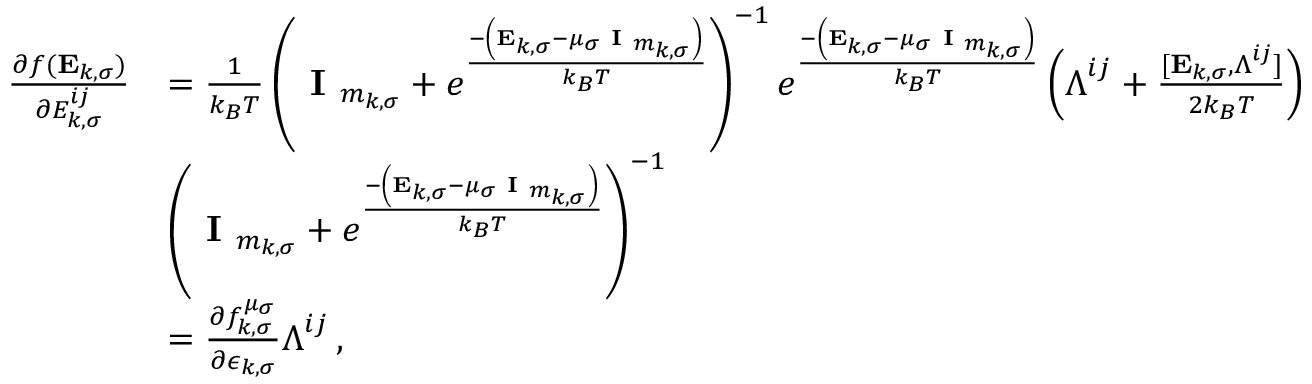
\begin{array} { r l } { \frac { \partial f ( \mathbf { E } _ { k , \sigma } ) } { \partial { E } _ { k , \sigma } ^ { i j } } } & { = \frac { 1 } { k _ { B } T } \left( \textbf { I } _ { m _ { k , \sigma } } + e ^ { \frac { - \left( \mathbf { E } _ { k , \sigma } - \mu _ { \sigma } \textbf { I } _ { m _ { k , \sigma } } \right) } { k _ { B } T } } \right) ^ { - 1 } e ^ { \frac { - \left( \mathbf { E } _ { k , \sigma } - \mu _ { \sigma } \textbf { I } _ { m _ { k , \sigma } } \right) } { k _ { B } T } } \left( \boldsymbol { \Lambda } ^ { i j } + \frac { [ \mathbf { E } _ { k , \sigma } , \boldsymbol { \Lambda } ^ { i j } ] } { 2 k _ { B } T } \right) } \\ & { \left( \textbf { I } _ { m _ { k , \sigma } } + e ^ { \frac { - \left( \mathbf { E } _ { k , \sigma } - \mu _ { \sigma } \textbf { I } _ { m _ { k , \sigma } } \right) } { k _ { B } T } } \right) ^ { - 1 } } \\ & { = \frac { \partial f _ { k , \sigma } ^ { \mu _ { \sigma } } } { \partial \epsilon _ { k , \sigma } } \boldsymbol { \Lambda } ^ { i j } \, , } \end{array}